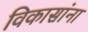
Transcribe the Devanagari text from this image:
विकासांना